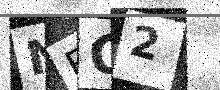
Text: NEO2